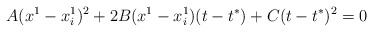
\begin{align*}A(x^1-x_i^1)^2+2B(x^1-x_i^1)(t-t^{*})+C(t-t^{*})^2=0\end{align*}